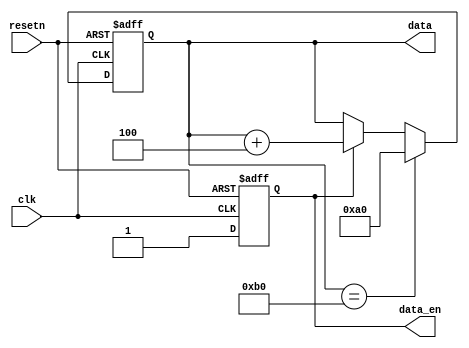
module data_generation_8(input clk, input resetn, output reg data_en, output reg [7:0] data);

 always@(posedge clk or negedge resetn)
 if(resetn == 1'b0)
 data_en <= 1'b0;
 else
 data_en <= 1'b1;


 always@(posedge clk or negedge resetn)
 if(resetn == 1'b0)
 data <= 8'd160;
 else if(data == 8'd176)
 data <= 8'd160;
 else if(data_en == 1'b1)
 data <= data + 3'd4;
 else
 data <= data;
 
endmodule